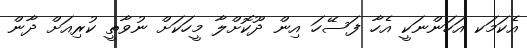
އެކަމަކ އަހަންނަކީ އެހާ ފަސޭހަ އިން ދޫކޮށްލާ މީހަކަށް ނުވާތީ ކުރިއަށް ދާން